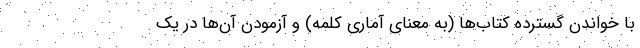
با خواندن گسترده کتاب‌ها (به معنای آماری کلمه) و آزمودن آن‌ها در یک